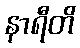
နာရီတိ